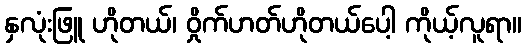
နှလုံးဖြူ ဟိုတယ်၊ ဝှိုက်ဟတ်ဟိုတယ်ပေါ့ ကိုယ့်လူရာ။